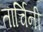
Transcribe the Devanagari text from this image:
तार्चिनी